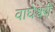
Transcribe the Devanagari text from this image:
वाघेश्वरी